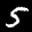
Label: 5